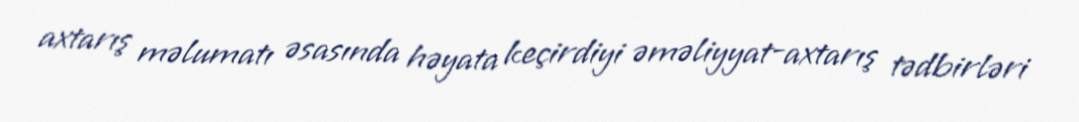
axtarış məlumatı əsasında həyata keçirdiyi əməliyyat-axtarış tədbirləri